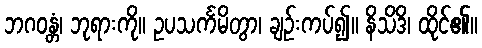
ဘဂဝန္တံ၊ ဘုရားကို။ ဥပသင်္ကမိတွာ၊ ချဉ်းကပ်၍။ နိသိဒိ၊ ထိုင်၏။